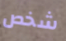
شخص